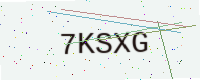
Text: 7KSXG